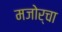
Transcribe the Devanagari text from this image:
मजोर्चा